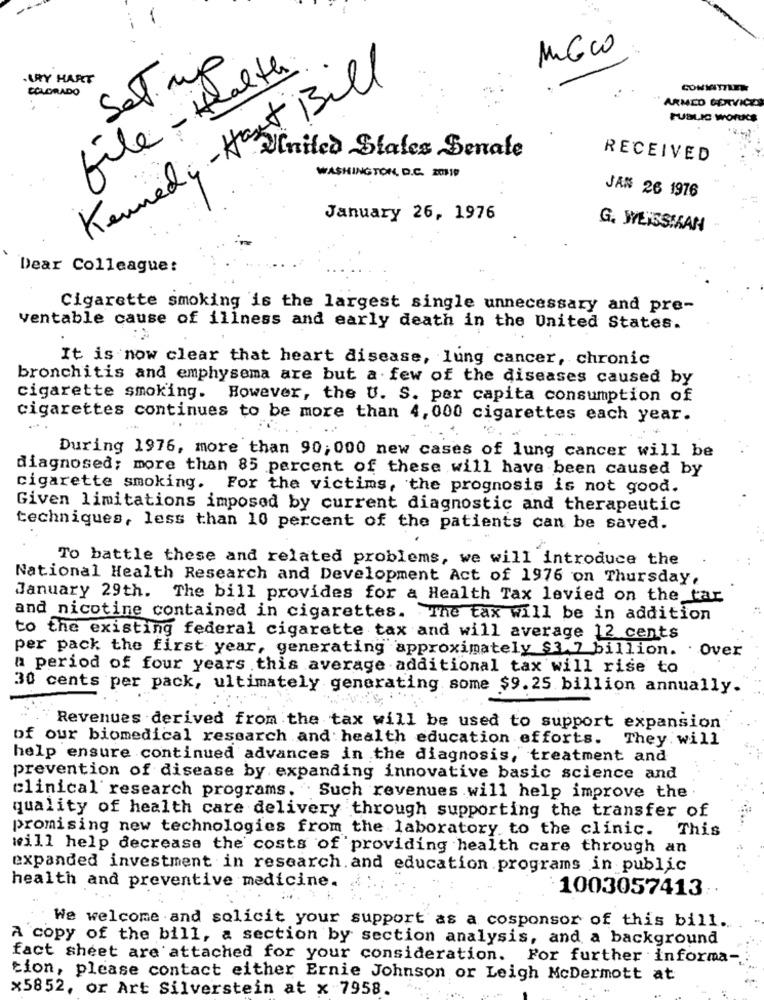
MGco
file - Health
Set up
.ARY HART
COLORADO
COMMITTIEN
ARMED SERVICES
PUBLIC WORKS
RECEIVED
Kennedy - A United States Senate
WASHINGTON D.C. 2010
JAN 26 1976
January 26, 1976
G. WEISSMAN
Dear Colleague:
Cigarette smoking is the largest single unnecessary and pre-
ventable cause of illness and early death in the United States.
It is now clear that heart disease, lung cancer, chronic
bronchitis and emphysema are but a few of the diseases caused by
cigarette smoking. However, the U. S. per capita consumption of
cigarettes continues to be more than 4, 000 cigarettes each year.
During 1976, more than 90, 000 new cases of lung cancer will be
diagnosed; more than 85 percent of these will have been caused by
cigarette smoking. For the victims, the prognosis is not good.
Given limitations imposed by current diagnostic and therapeutic
techniques, less than 10 percent of the patients can be saved.
To battle these and related problems, we will introduce the
National Health Research and Development Act of 1976 on Thursday,
January 29th. The bill provides for a Health Tax levied on the tar
and nicotine contained in cigarettes. The tax will be in addition
to the existing federal cigarette tax and will average 12 cents
per pack the first year, generating approximately $3 7 billion. . Over
a period of four years this average additional tax will rise to
30 cents per pack, ultimately generating some $9.25 billion annually.
Revenues derived from the tax will be used to support expansion
of our biomedical research and health education efforts. They will
help ensure continued advances in the diagnosis, treatment and
prevention of disease by expanding innovative basic science and
clinical research programs. . Such revenues will help improve the
quality of health care delivery through supporting the transfer of
promising new technologies from the laboratory to the clinic. This
will help decrease the costs of providing health care through an
expanded investment in research. and education programs in public
health and preventive medicine.
1003057413:
We welcome and solicit your support as a cosponsor of this bill.
A copy of the bill, a section by section analysis, and a background
fact sheet are attached for your consideration.
For further informa-
tion, please contact either Ernie Johnson or Leigh McDermott at
x5852, or Art Silverstein at x 7958.